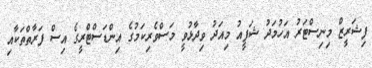
ފިޝަރީޒް މިނިސްޓަރު އަހުމަދު ޝަފީއު މިއަދު ވިދާޅުވީ މަސްވެރިކަމުގެ އިންޑަސްޓްރީގެ އިސް ފަރާތްތަކާއި